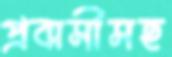
প্রবাসীসহ